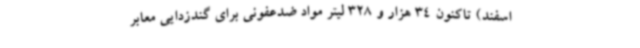
اسفند) تاکنون 34 هزار و 328 لیتر مواد ضدعفونی برای گندزدایی معابر